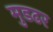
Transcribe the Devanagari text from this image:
मुडढर